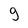
Character: g